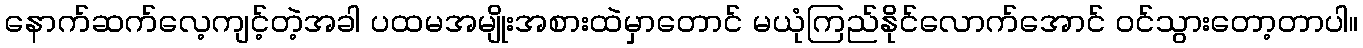
နောက်ဆက်လေ့ကျင့်တဲ့အခါ ပထမအမျိုးအစားထဲမှာတောင် မယုံကြည်နိုင်လောက်အောင် ဝင်သွားတော့တာပါ။